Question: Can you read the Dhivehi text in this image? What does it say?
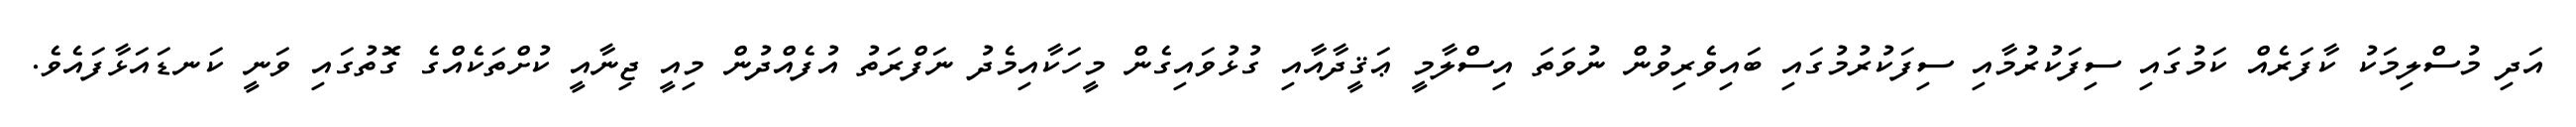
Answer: އަދި މުސްލިމަކު ކާފަރެއް ކަމުގައި ސިފަކުރުމާއި ސިފަކުރުމުގައި ބައިވެރިވުން ނުވަތަ އިސްލާމީ ޢަޤީދާއާއި ގުޅުވައިގެން މީހަކާއިމެދު ނަފްރަތު އުފެއްދުން މިއީ ޖިނާއީ ކުށްތަކެއްގެ ގޮތުގައި ވަނީ ކަނޑައަޅާފައެވެ.